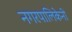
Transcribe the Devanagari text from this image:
नगरपालिकेनी